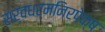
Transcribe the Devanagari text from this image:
सर्वधर्मनिरपेक्ष